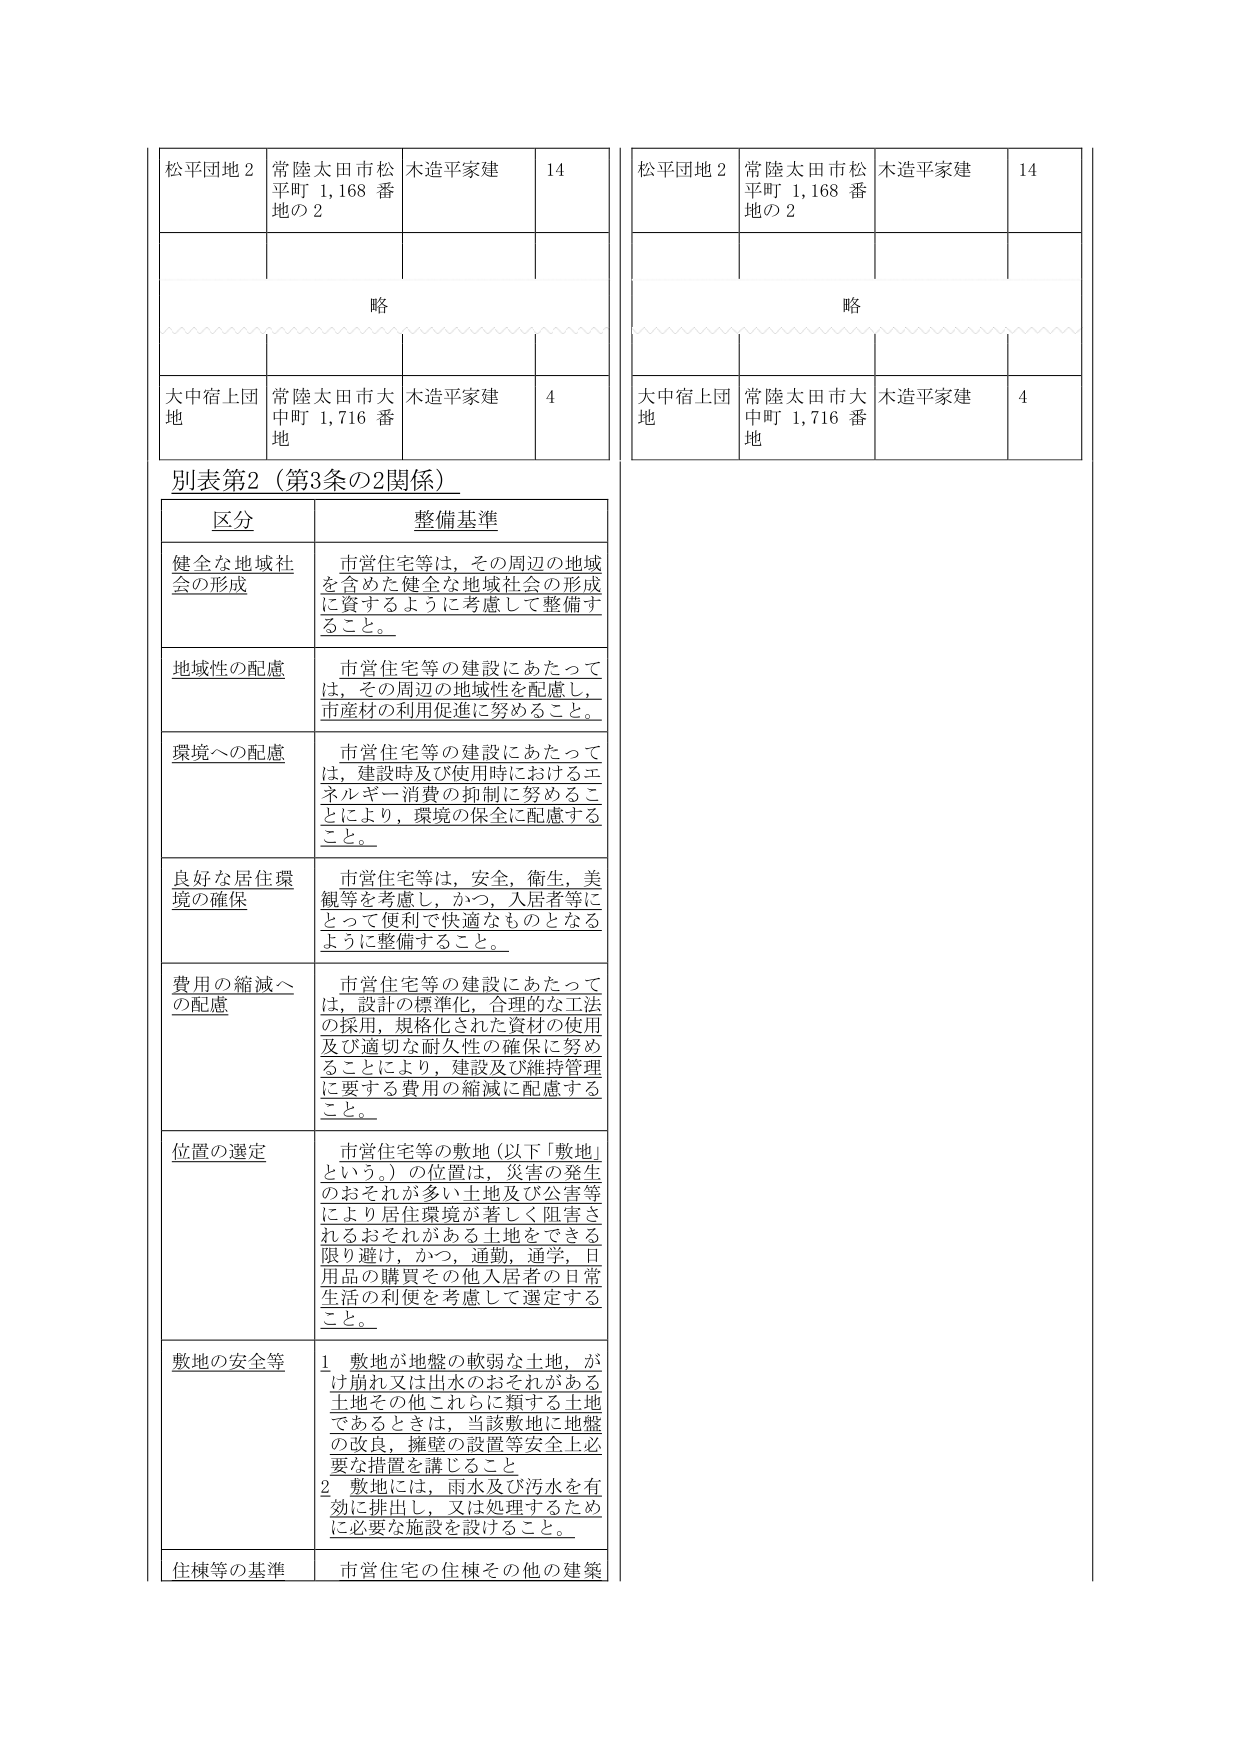
松平団地２　常陸太田市松平町 1,168 番地の２　木造平家建　14
略
大中宿上団地　常陸太田市大中町 1,716 番地　木造平家建　4

別表第2（第3条の2関係）
区分　　　　　　　整備基準
健全な地域社会の形成　市営住宅等は、その周辺の地域を含めた健全な地域社会の形成に資するように考慮して整備すること。
地域性の配慮　市営住宅等の建設にあたっては、その周辺の地域性を配慮し、市産材の利用促進に努めること。
環境への配慮　市営住宅等の建設にあたっては、建設時及び使用時におけるエネルギー消費の抑制に努めることにより、環境の保全に配慮すること。
良好な居住環境の確保　市営住宅等は、安全、衛生、美観等を考慮し、かつ、入居者等にとって便利で快適なものとなるように整備すること。
費用の縮減への配慮　市営住宅等の建設にあたっては、設計の標準化、合理的な工法の採用、規格化された資材の使用及び適切な耐久性の確保に努めることにより、建設及び維持管理に要する費用の縮減に配慮すること。
位置の選定　市営住宅等の敷地（以下「敷地」という。）の位置は、災害の発生のおそれが多い土地及び公害等により居住環境が著しく阻害されるおそれがある土地をできる限り避け、かつ、通勤、通学、日用品の購買その他人居者の日常生活の利便を考慮して選定すること。
敷地の安全等　1 敷地が地盤の軟弱な土地、がけ崩れ又は出水のおそれがある土地その他これらに類する土地であるときは、当該敷地に地盤の改良、擁壁の設置等安全上必要な措置を講じること。
　　　　　　　2 敷地には、雨水及び汚水を有効に排出し、又は処理するため必要な施設を設けること。
住棟等の基準　市営住宅の住棟その他の建築

松平団地２　常陸太田市松平町 1,168 番地の２　木造平家建　14
略
大中宿上団地　常陸太田市大中町 1,716 番地　木造平家建　4